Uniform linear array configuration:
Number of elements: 32
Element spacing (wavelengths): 0.5
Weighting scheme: kaiser
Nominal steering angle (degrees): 60
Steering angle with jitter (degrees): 59.253
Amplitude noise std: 0.05
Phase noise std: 0.05

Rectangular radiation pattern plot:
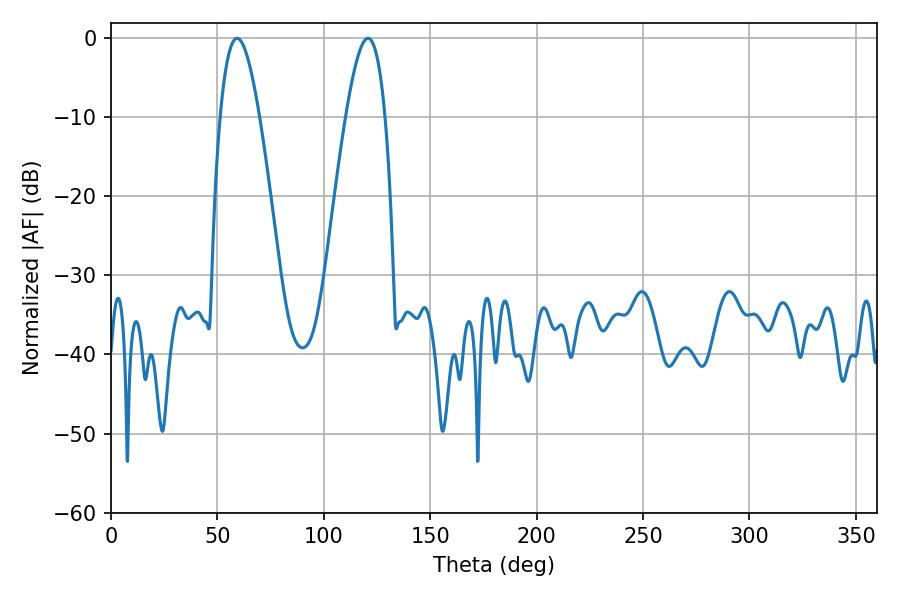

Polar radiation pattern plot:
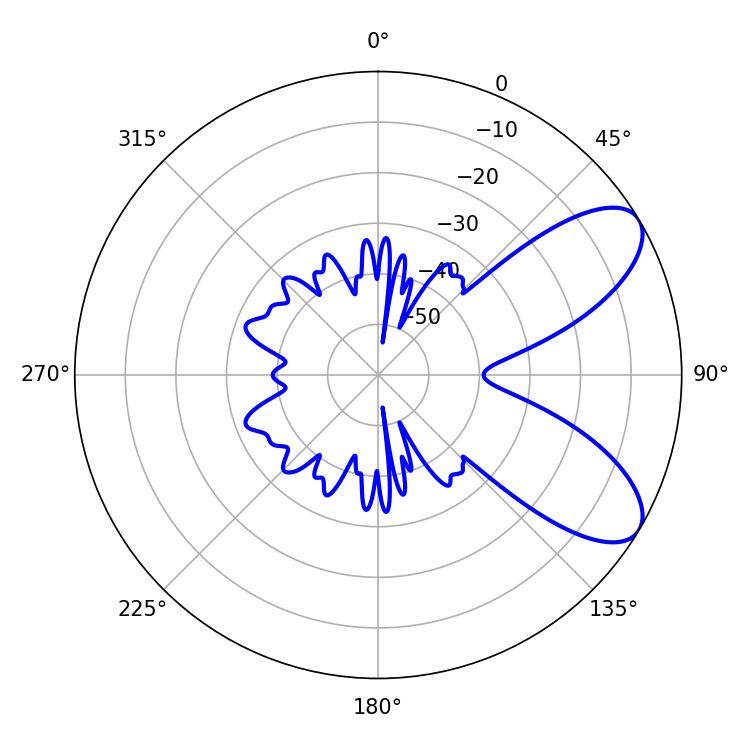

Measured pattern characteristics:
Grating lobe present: FALSE
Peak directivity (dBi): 7.854
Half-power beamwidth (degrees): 10.08
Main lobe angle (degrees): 59.22